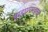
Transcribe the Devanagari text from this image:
ब्राह्मणमहत्त्व